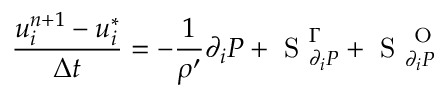
\frac { u _ { i } ^ { n + 1 } - u _ { i } ^ { * } } { \Delta t } = - \frac { 1 } { \rho ^ { \prime } } \partial _ { i } P + \mathrm { ~ S ~ } _ { \partial _ { i } P } ^ { \Gamma } + \mathrm { ~ S ~ } _ { \partial _ { i } P } ^ { \mathrm { ~ O ~ } }